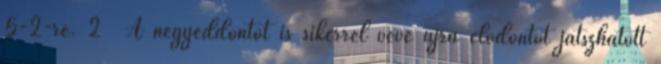
5-2-re. 2 A negyeddöntőt is sikerrel véve újra elődöntőt játszhatott